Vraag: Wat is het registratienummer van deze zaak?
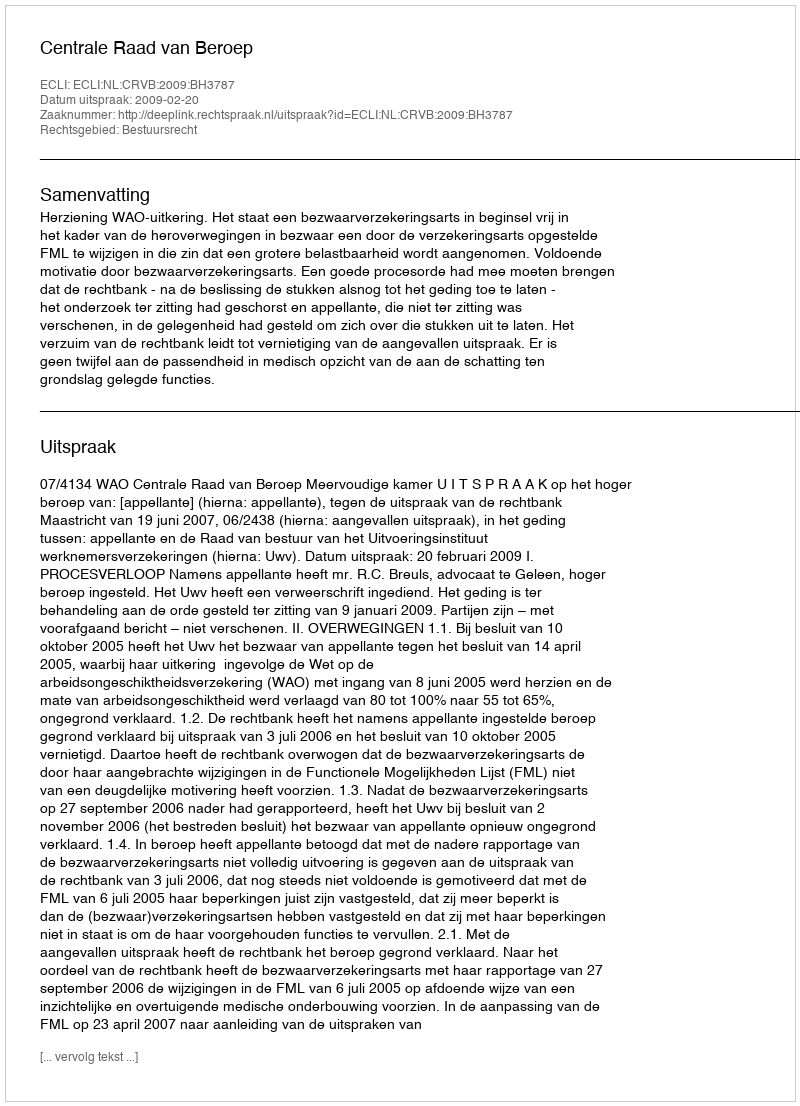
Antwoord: http://deeplink.rechtspraak.nl/uitspraak?id=ECLI:NL:CRVB:2009:BH3787